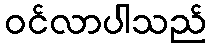
ဝင်လာပါသည်